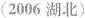
(2006 湖北)